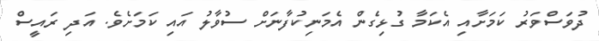
ދުވަސްވަރު ކަމަށާއި އެކަމާ ގުޅިގެން އެމަނިކުފާނަށް ސުވާލު އައި ކަމަށެވެ. އަދި ރައީސް